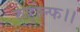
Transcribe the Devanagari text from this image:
रुडोल्फ।।